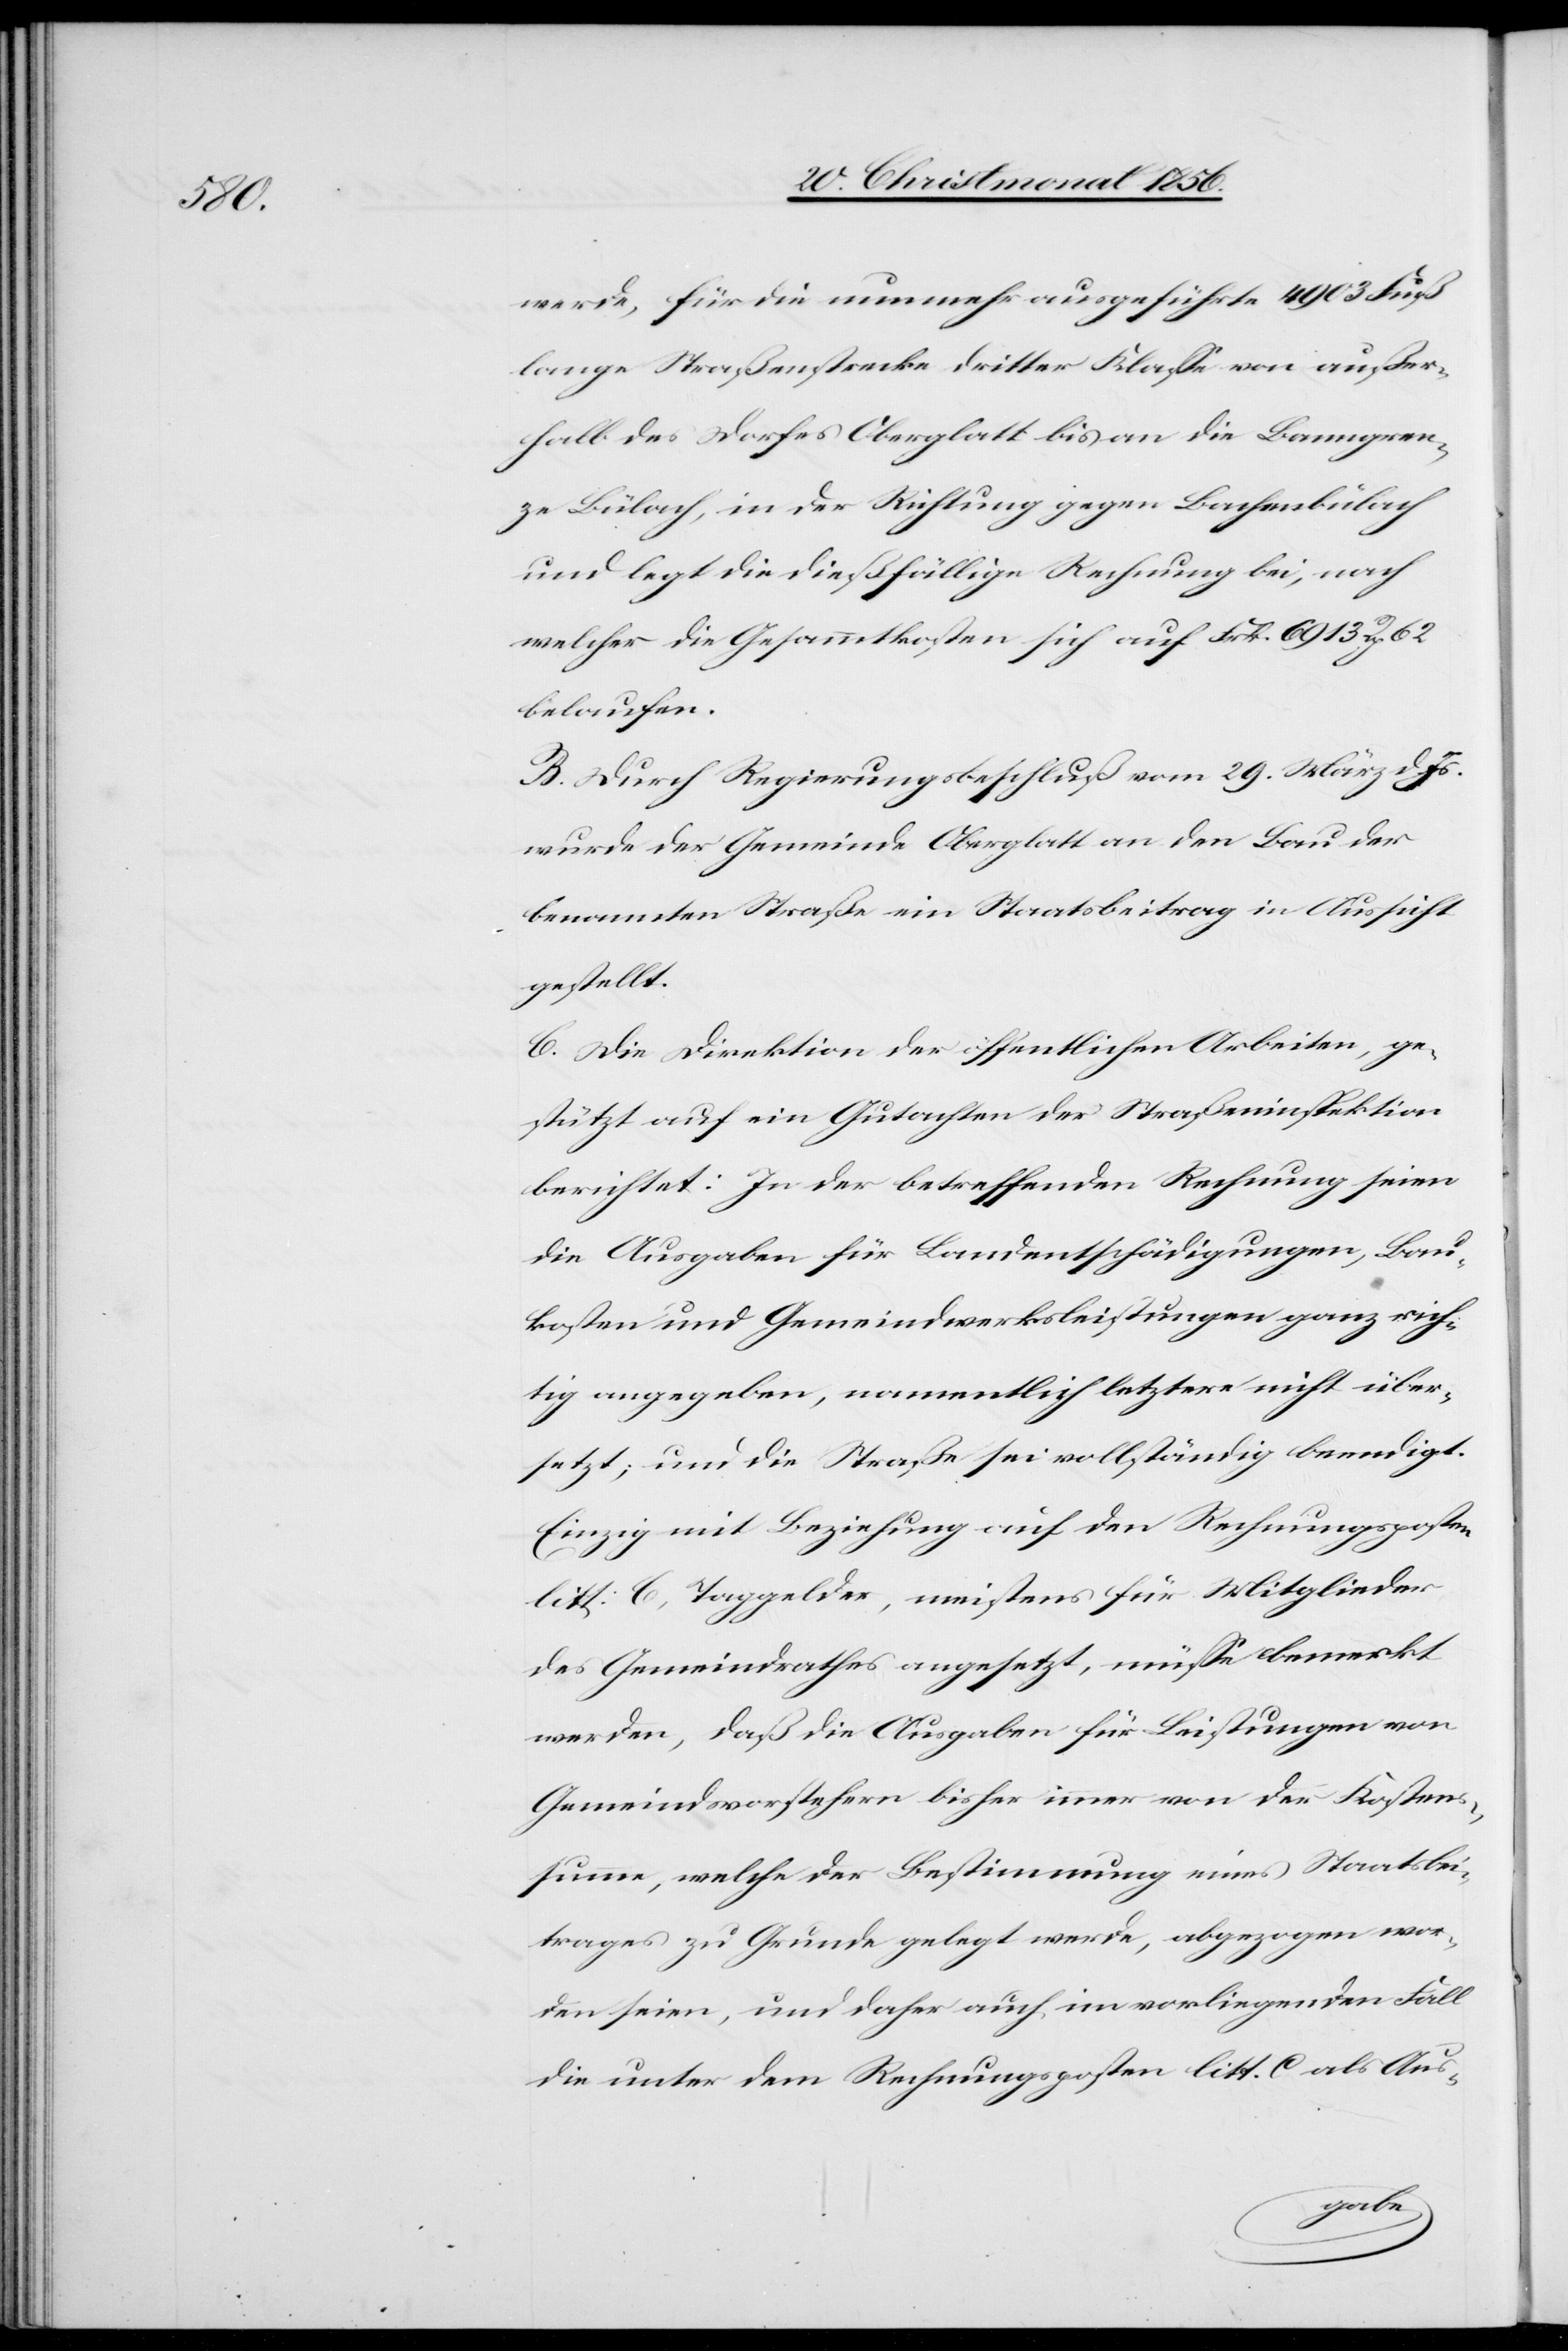
werde, für die nunmehr ausgeführte 4903 Fuß
lange Straßenstrecke dritter Klasse von außer¬
halb des Dorfes Oberglatt bis an die Banngren¬
ze Bülach, in der Richtung gegen Bachenbülach
und legt die dießfällige Rechnung bei, nach
welcher die Gesammtkosten sich auf Frk. 6913 Rp 62
belaufen.
B. Durch Regierungsbeschluß vom 29. März d. Js.
wurde der Gemeinde Oberglatt an den Bau der
benannten Straße ein Staatsbeitrag in Aussicht
gestellt.
C. Die Direktion der öffentlichen Arbeiten, ge¬
stützt auf ein Gutachten der Straßeninspektion
berichtet: In der betreffenden Rechnung seien
die Ausgaben für Landentschädigungen, Bau¬
kosten und Gemeindwerksleistungen ganz rich¬
tig angegeben, namentlich letztere nicht über¬
setzt; und die Straße sei vollständig beendigt.
Einzig mit Beziehung auf den Rechnungsposten
litt: C, Taggelder, meistens für Mitglieder
des Gemeindrathes angesetzt, müsse bemerkt
werden, daß die Ausgaben für Leistungen von
Gemeindsvorstehern bisher immer von der Kosten¬
ssumme, welche der Bestimmung eines Staatsbei¬
trages zu Grunde gelegt werde, abgezogen wor¬
den seien, und daher auch im vorliegenden Fall
die unter dem Rechnungsposten litt. C als Aus-